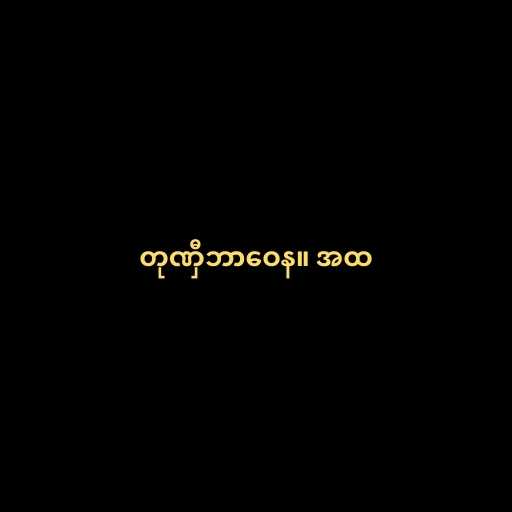
တုဏှီဘာဝေန။ အထ